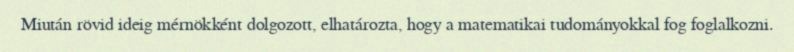
Miután rövid ideig mérnökként dolgozott, elhatározta, hogy a matematikai tudományokkal fog foglalkozni.